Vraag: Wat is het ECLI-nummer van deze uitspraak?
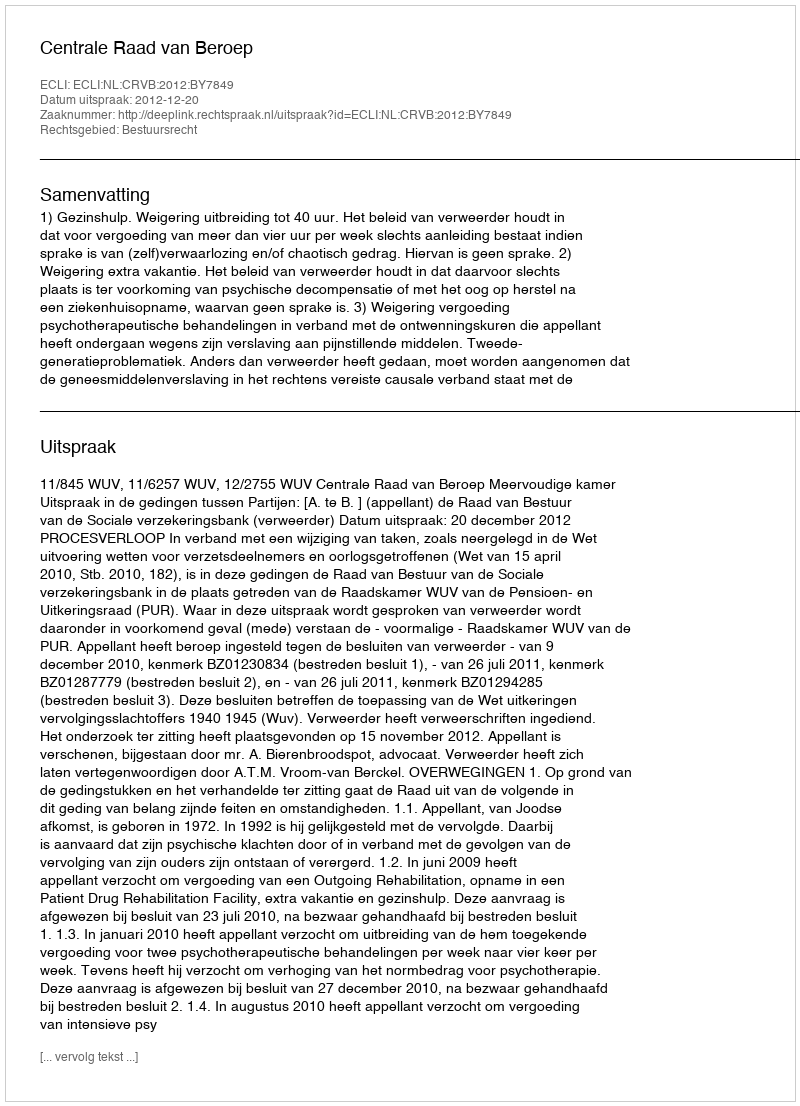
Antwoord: ECLI:NL:CRVB:2012:BY7849